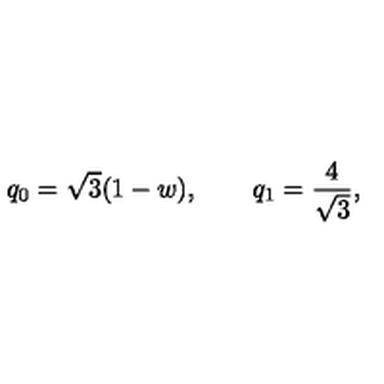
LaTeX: q _ { 0 } = \sqrt { 3 } ( 1 - w ) , \qquad q _ { 1 } = \frac { 4 } { \sqrt { 3 } } ,